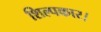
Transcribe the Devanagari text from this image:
शिल्पकार।